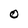
Character: 0